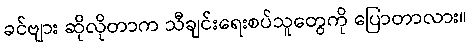
ခင်ဗျား ဆိုလိုတာက သီချင်းရေးစပ်သူတွေကို ပြောတာလား။